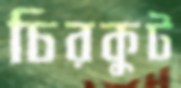
চিরকুট